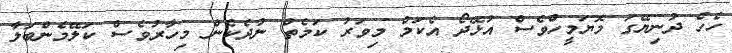
ހެހެ ދުނިޔޭގަ މޮޔަމީހުްވެސް އުޅޭދޯ އެކަމް މިވަރު ކަމެތް ނުދެކެން މިހާރުވެސް ކަލޭމެންބަލާ